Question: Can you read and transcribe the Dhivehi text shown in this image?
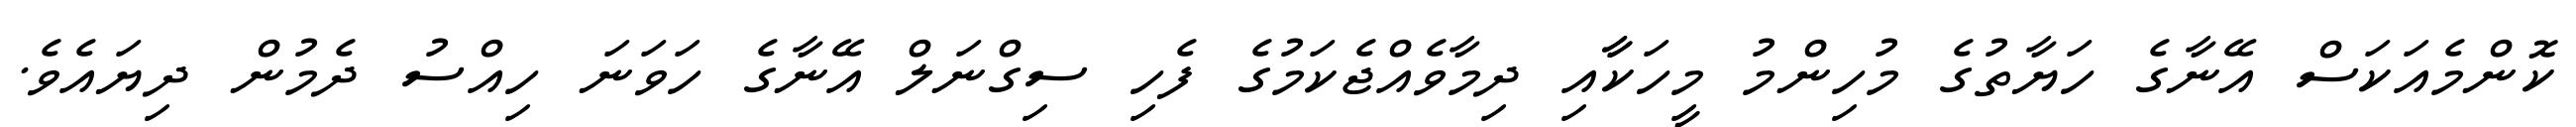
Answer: ކޮންމެއަކަސް އޭނާގެ ހަޔާތުގެ މުހިންމު މީހަކާާއި ދިމާވެއްޖެކަމުގެ ފެހި ސިގްނަލް އޭނާގެ ހަވަނަ ހިއްސު ދެމުން ދިޔައެވެ.